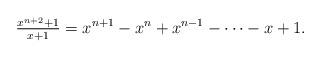
LaTeX: \begin{align*}\tfrac{x^{n+2} + 1}{x+1} = x^{n+1} - x^n + x^{n-1} - \cdots - x + 1.\end{align*}